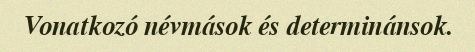
Vonatkozó névmások és determinánsok.